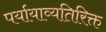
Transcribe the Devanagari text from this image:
पर्यायाव्यतिरिक्त